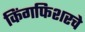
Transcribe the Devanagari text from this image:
किंगफिशरचे